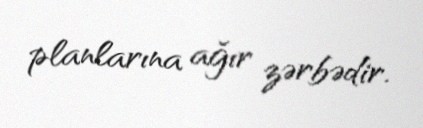
planlarına ağır zərbədir.